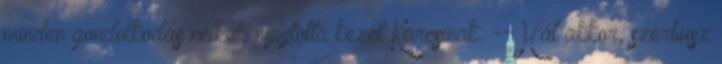
minden gondolkodás nélkül, nyújtotta kezét Karcsinak: --Hát akkor, szerbusz